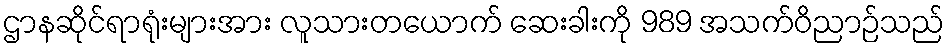
ဌာနဆိုင်ရာရုံးများအား လူသားတယောက် ဆေးခါးကို 989 အသက်ဝိညာဉ်သည်